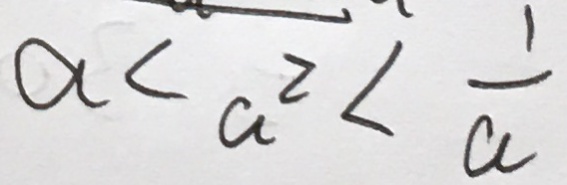
a < a ^ { 2 } < \frac { 1 } { a }